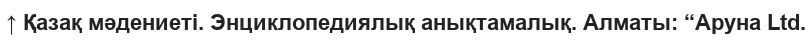
↑ Қазақ мәдениеті. Энциклопедиялық анықтамалық. Алматы: “Аруна Ltd.